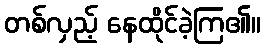
တစ်လှည့် နေထိုင်ခဲ့ကြ၏။